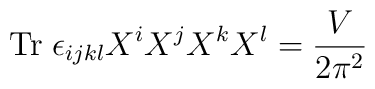
{\rm Tr}\;\epsilon_{ijkl} X^i X^j X^k X^l = \frac{V}{2 \pi^2}